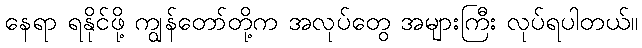
နေရာ ရနိုင်ဖို့ ကျွန်တော်တို့က အလုပ်တွေ အများကြီး လုပ်ရပါတယ်။